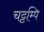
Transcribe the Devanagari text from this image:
चट्टम्पि